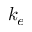
k _ { e }